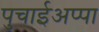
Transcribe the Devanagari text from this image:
पुचाईअप्पा